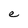
Character: e